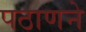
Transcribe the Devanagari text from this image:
पठाणने